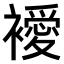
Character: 𧞇